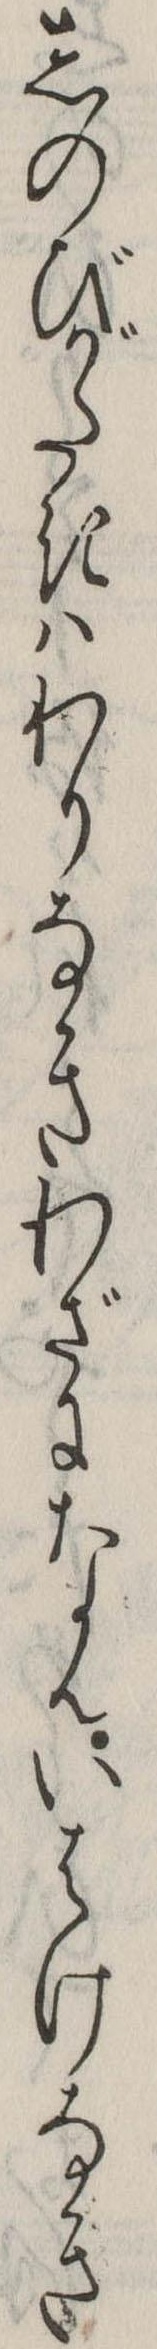
しのびがたきはわりなきわざになんいはけなき